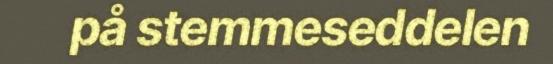
på stemmeseddelen